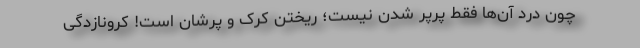
چون درد آن‌ها فقط پرپر شدن نیست؛ ریختن کرک و پرشان است! کرونازدگی